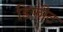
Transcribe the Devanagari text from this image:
डिफ़ीट